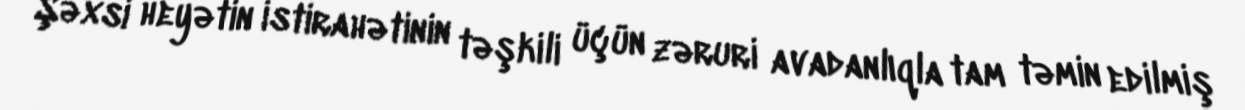
Şəxsi heyətin istirahətinin təşkili üçün zəruri avadanlıqla tam təmin edilmiş